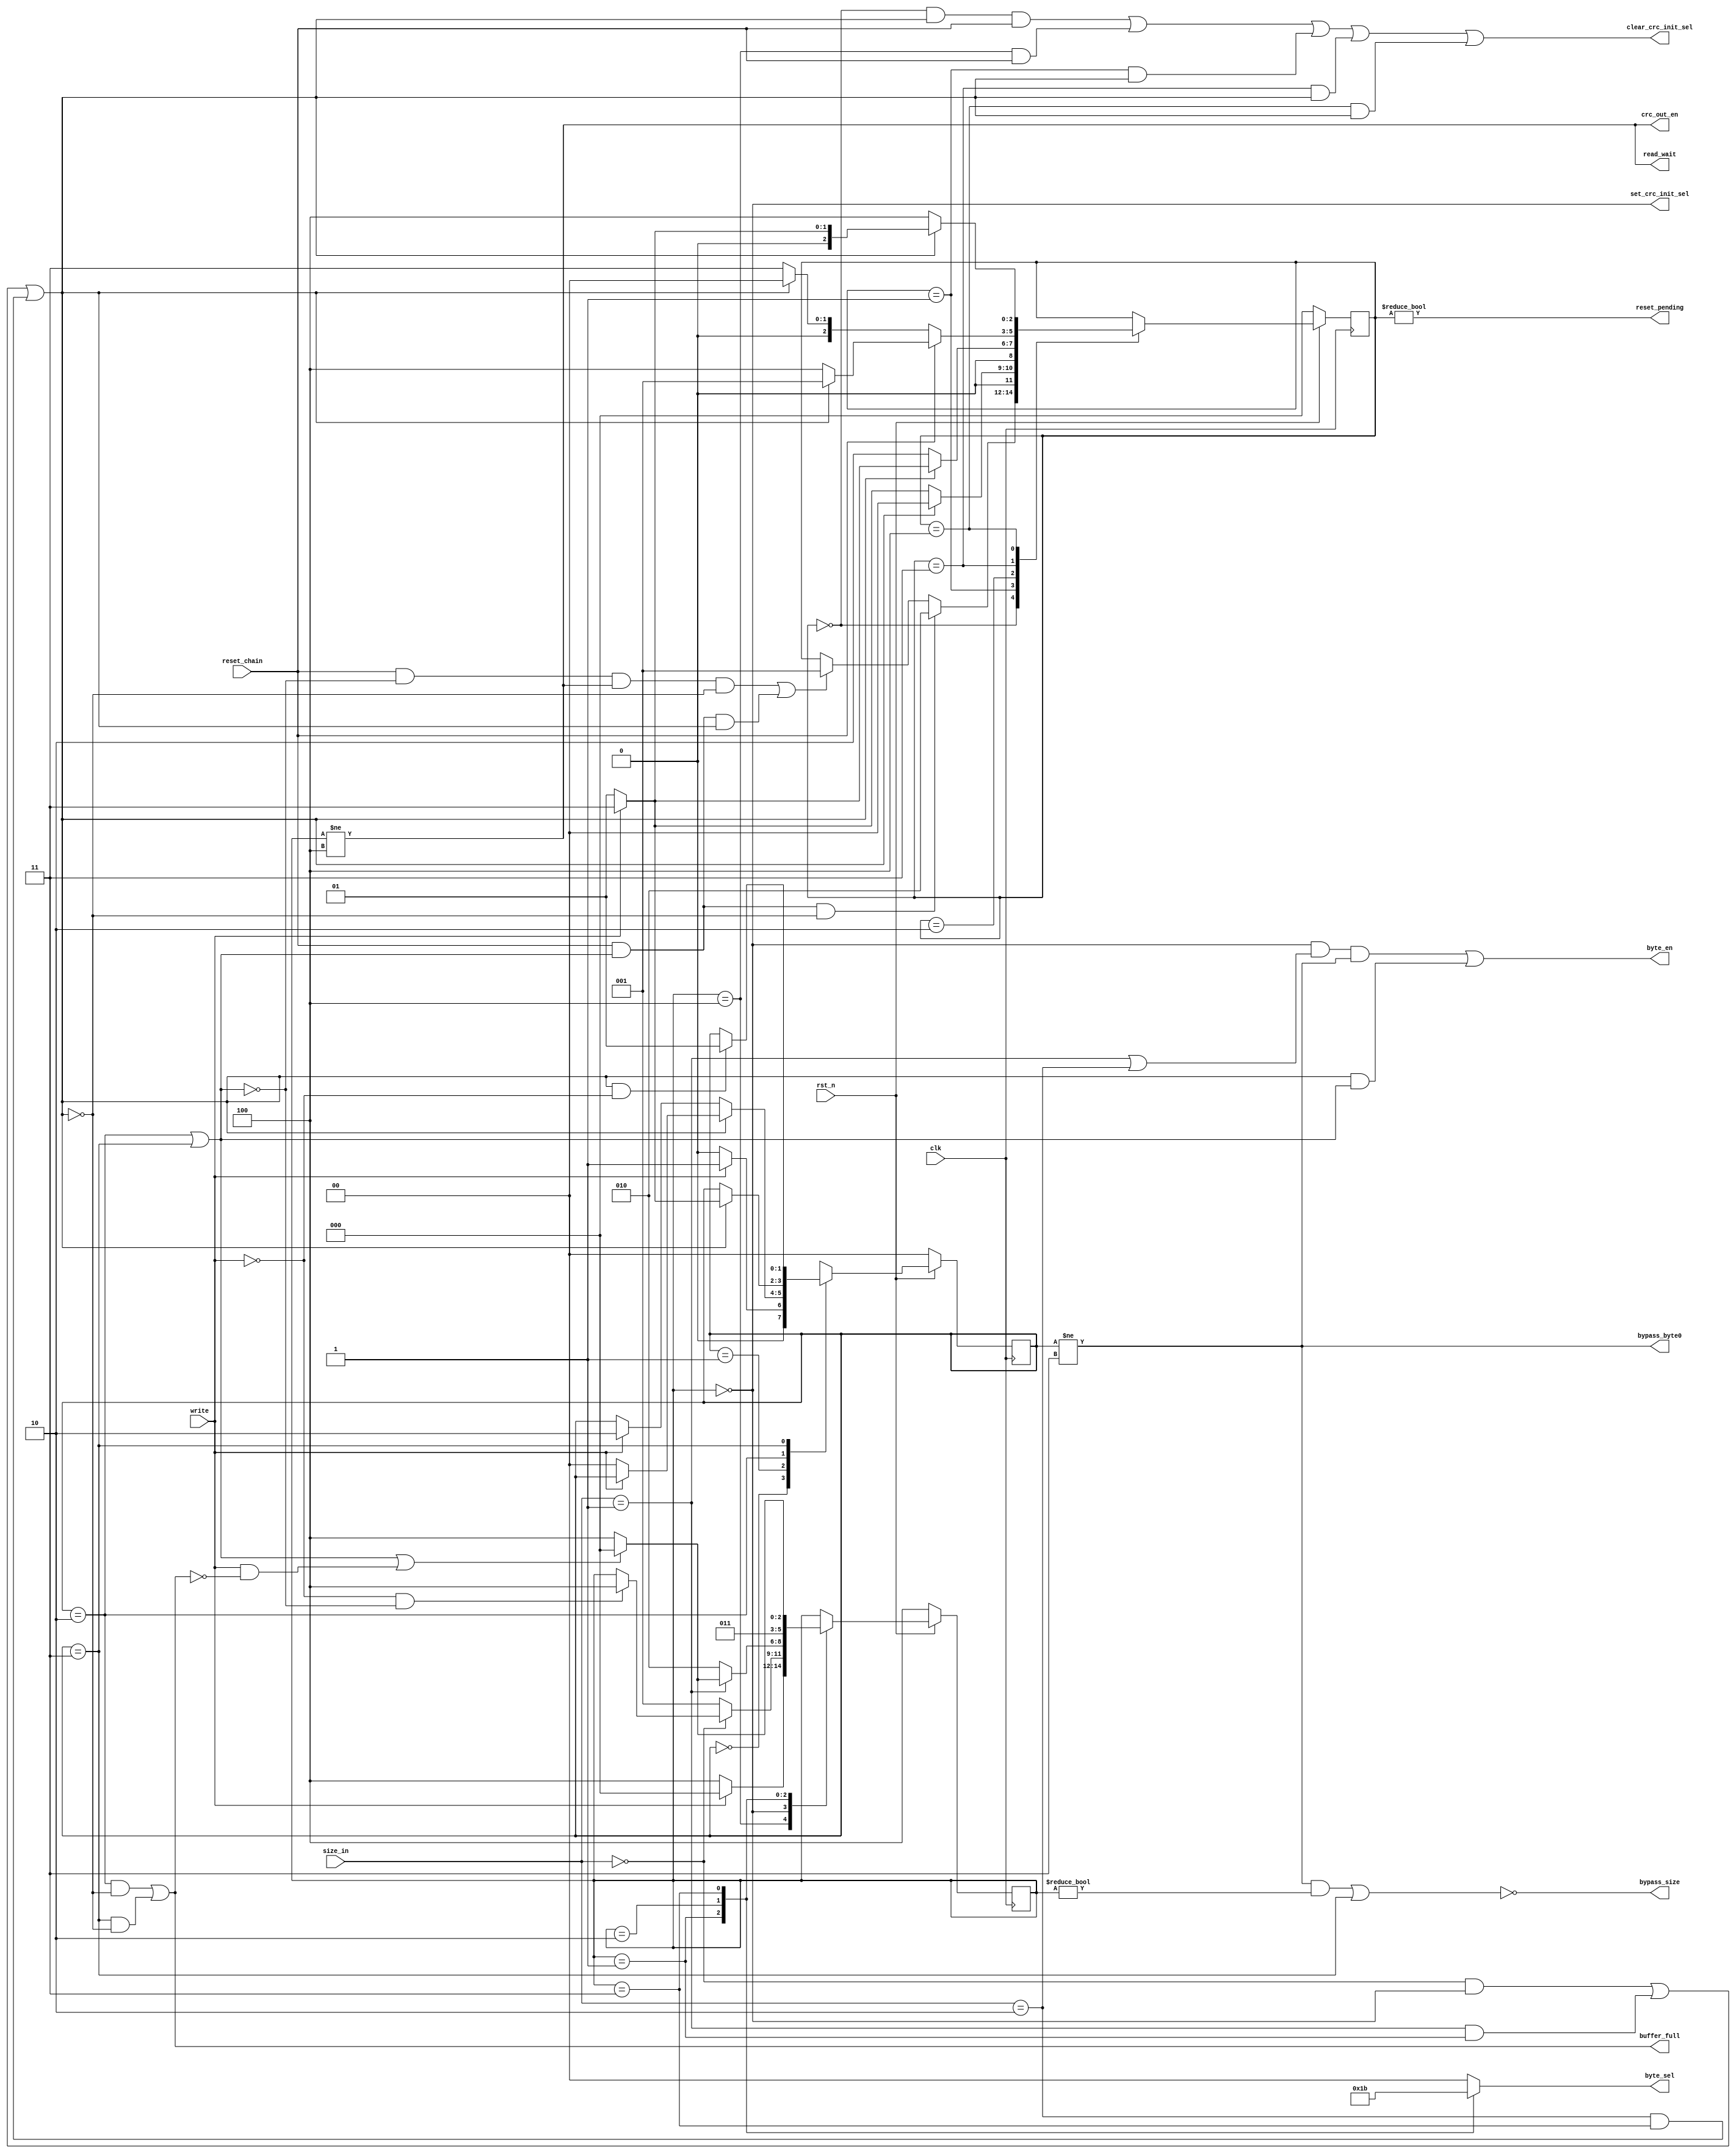
module crc_control_unit
(
 //OUTPUTS
 output reg [1:0] byte_sel,
 output bypass_byte0,
 output buffer_full,
 output read_wait,
 output bypass_size,
 output set_crc_init_sel,
 output clear_crc_init_sel,
 output crc_out_en,
 output byte_en,
 output reset_pending,
 //INPUTS
 input [1:0] size_in,
 input write,
 input reset_chain,
 input clk,
 input rst_n
);

//States definition for state_full
localparam EMPTY   = 2'b00;
localparam WRITE_1 = 2'b01;
localparam WRITE_2 = 2'b10;
localparam BYPASS  = 2'b11;

//States definition for state_byte
localparam IDLE   = 3'b100;
localparam BYTE_0 = 3'b000;
localparam BYTE_1 = 3'b001;
localparam BYTE_2 = 3'b010;
localparam BYTE_3 = 3'b011;

//States definition for state_reset
localparam NO_RESET = 3'b000;
localparam RESET    = 3'b001;
localparam WAIT     = 3'b010;
localparam WRITE    = 3'b011;
localparam RESET_2  = 3'b100;

//Coding for size signal
localparam BYTE      = 2'b00;
localparam HALF_WORD = 2'b01;
localparam WORD      = 2'b10;

//Flops Definition
reg [1:0] state_full;
reg [2:0] state_byte;
reg [2:0] state_reset;

//Internal signals
reg [1:0] next_state_full;
reg [2:0] next_state_byte;
reg [2:0] next_state_reset;

wire last_byte;
wire has_data;


//FSM for management of writes in the input buffers 
//Definition of state register
always @(posedge clk)
 begin
  if(!rst_n)
   state_full <= EMPTY;
  else
   state_full <= next_state_full;
 end

//This signal indicates that the last byte is in processing
assign last_byte = (size_in == BYTE      && state_byte == BYTE_0) ||
                   (size_in == HALF_WORD && state_byte == BYTE_1) ||
                   (size_in == WORD      && state_byte == BYTE_3) ;

//Next state Logic
always @(*)
 begin
  next_state_full = state_full;
  case(state_full)
   EMPTY  : next_state_full = (write) ? WRITE_1 : EMPTY;
   WRITE_1: 
    begin
     if(last_byte)
      begin
       if(!write)
        next_state_full = EMPTY;
      end
     else
      begin
       if(write)
        next_state_full = WRITE_2;
      end
    end
   WRITE_2:
    begin
     if(last_byte)
      next_state_full = (write) ? BYPASS : WRITE_1;
    end
   BYPASS :
    begin
     if(last_byte && !write)
      next_state_full = WRITE_1;
    end
  endcase
 end

//The flag full indicates that buffer is full and any attempt of writing must wait
assign buffer_full = (state_full == WRITE_2 && !last_byte) ||
                     (state_full == BYPASS  && !last_byte);

assign read_wait = (state_byte != IDLE);

//This signal controls the selection of the byte0 
//When bypass_byte0 = 1 the input of byte_ff is taken
//Otherwise, its output is taken
assign bypass_byte0 = (state_full != BYPASS); 

//This signal indicates that there are data in the second position of the buffer
assign has_data = (state_full == WRITE_2) ||
                  (state_full == BYPASS ) ;


//FSM for management of readings in the buffer
//Definition of state register
always @(posedge clk)
 begin
  if(!rst_n)
   state_byte <= IDLE;
  else
   state_byte <= next_state_byte;
 end

always @(*)
 begin
  next_state_byte = state_byte;
  case(state_byte)
   IDLE: next_state_byte = (write) ? BYTE_0 : IDLE;
   BYTE_0:
    begin
     if(size_in == BYTE)
      begin
       if(!write && !has_data)
        next_state_byte = IDLE;
      end
     else
      begin
       next_state_byte = BYTE_1;
      end
    end
   BYTE_1:
    begin
     if(size_in == HALF_WORD)
      begin
       if(has_data || (write && !buffer_full))
        next_state_byte = BYTE_0;
       else
        next_state_byte = IDLE;
      end
     else
      begin
       next_state_byte = BYTE_2;
      end
    end
   BYTE_2:
    begin
     next_state_byte = BYTE_3;
    end
   BYTE_3:
    begin
     if(has_data || (write && !buffer_full))
      next_state_byte = BYTE_0;
     else
      next_state_byte = IDLE;
    end
  endcase
 end

//The signal byte_sel controls the number of byte that will be processed by CRC Unit
always @(*)
 begin
  byte_sel = 2'b00;
  case(state_byte)
   BYTE_0: byte_sel = BYTE_0;
   BYTE_1: byte_sel = BYTE_1;
   BYTE_2: byte_sel = BYTE_2;
   BYTE_3: byte_sel = BYTE_3;
  endcase
 end
//This signal controls the selection of the metadata size 
//When bypass_size = 1 the input of size_ff is taken
//Otherwise, its output is taken
assign bypass_size = !( (state_full != BYPASS && state_byte != BYTE_0) ||
                        (state_full == BYPASS)
                      );

//This signal enables the write in the crc_out register
assign crc_out_en = (state_byte != IDLE);

//
assign byte_en = (state_byte == BYTE_0 && (size_in == HALF_WORD || size_in == WORD) && state_full != BYPASS) ||
                 (last_byte && has_data);

//FSM for control of reset of chained operation
//Definition of state register
always @(posedge clk)
 begin
  if(!rst_n)
   state_reset <= NO_RESET;
  else
   state_reset <= next_state_reset;
 end

always @(*)
 begin
  next_state_reset = state_reset;
  case(state_reset)
   NO_RESET:
    begin
     if((reset_chain && !has_data && state_byte != IDLE && !last_byte) || (reset_chain && has_data && last_byte))
      next_state_reset = RESET;
     if(reset_chain  && has_data && !last_byte)
      next_state_reset = WAIT;
    end
   RESET:
    begin
     if(last_byte)
      next_state_reset = NO_RESET;
     else
      next_state_reset = (write) ? WRITE : RESET;
    end
   WAIT:
    begin
     if(last_byte)
      next_state_reset = (write) ? WRITE : RESET;
     else
      next_state_reset = WAIT;
    end
   WRITE:
    begin
     if(reset_chain)
      next_state_reset = (last_byte) ? RESET : RESET_2;
     else
      next_state_reset = (last_byte) ? NO_RESET : WRITE;
    end
   RESET_2:
    begin
     if(last_byte)
      next_state_reset = (write) ? WRITE : RESET;
     else
      next_state_reset = RESET_2;
    end
  endcase
 end

//This signal set the crc_init_sel flop
//When seted this flop turn on the chained operation of crc 
assign set_crc_init_sel = (state_byte == BYTE_0);

//This signal clear the crc_init_sel
//The clear get priority over set
assign clear_crc_init_sel = (state_reset == NO_RESET && last_byte && reset_chain) ||
                            (state_byte  == IDLE     && reset_chain             ) ||
                            (state_reset == RESET    && last_byte               ) ||
                            (state_reset == WRITE    && last_byte               ) ||
                            (state_reset == RESET_2  && last_byte               ) ;

assign reset_pending = (state_reset != NO_RESET);

endmodule